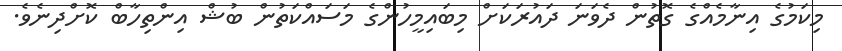
މިކަމުގެ އިނާމެއްގެ ގޮތުން ދެވަނަ ދައުރަކަށް މިބައިމީހުންގެ މަސައްކަތުން ބުޝް އިންތިހާބް ކޮށްދިނެވެ.